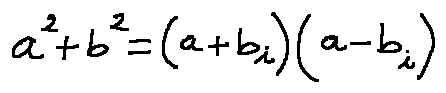
a ^ { 2 } + b ^ { 2 } = ( a + b i ) ( a - b i )